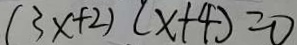
( 3 x + 2 ) ( x + 4 ) = 0